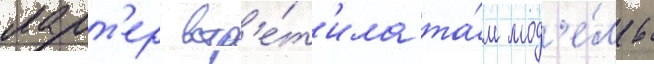
ларт'ер встр'е́т'ила та́м мод'е́ль